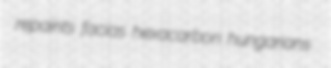
repaints facias hexacarbon hungarians